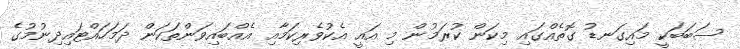
ސަބަބަކީ މައިގަނޑު ގޮތެއްގައި މިކަން ކުރަމުން މި އައީ އެކުވެރިކަމާއި އެއްބައިވަންތަކަން ދަމަހައްޓައިދިނުމުގެ